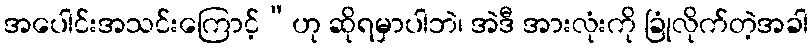
အပေါင်းအသင်းကြောင့်”ဟု ဆိုရမှာပါဘဲ၊ အဲဒီ အားလုံးကို ခြုံလိုက်တဲ့အခါ